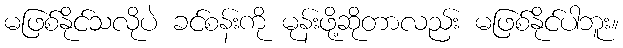
မဖြစ်နိုင်သလိုပဲ ခင်စန်းကို မုန်းဖို့ဆိုတာလည်း မဖြစ်နိုင်ပါဘူး။